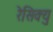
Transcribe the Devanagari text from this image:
रेसिक्यु